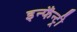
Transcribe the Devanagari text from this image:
इन्फैंन्ट्री